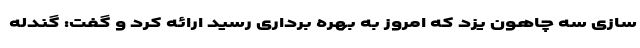
سازی سه چاهون یزد که امروز به بهره برداری رسید ارائه کرد و گفت: گندله